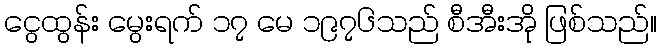
ငွေထွန်း မွေးရက် ၁၇ မေ ၁၉၇၆သည် စီအီးအို ဖြစ်သည်။